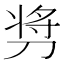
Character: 𫦋